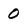
Character: 0